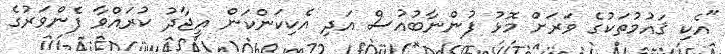
"އެކި ޤައުމުތަކުގެ ވަރަށް މޮޅު ފުންނާބުއުސް އަދި އެކިކަންކަން އީޖާދު ކުރައްވާ ފެންވަރުގެ